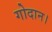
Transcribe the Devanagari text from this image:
गोदान।